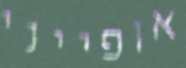
אופייני